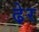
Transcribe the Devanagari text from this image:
ढे़र